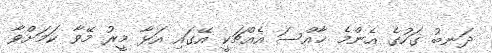
ދަނބު ގަހުގެ އެންމެ ޚާއްސަ އެއްޗަކީ އޭގައި އަޅާ މީރު މޭވާ ކަމަށްވާ